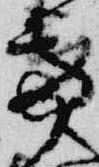
亭